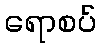
ရောစပ်